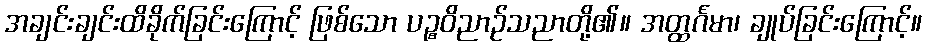
အချင်းချင်းထိခိုက်ခြင်းကြောင့် ဖြစ်သော ပဉ္စဝိညာဉ်သညာတို့၏။ အတ္ထင်္ဂမာ၊ ချုပ်ခြင်းကြောင့်။